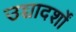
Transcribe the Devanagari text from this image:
उच्चादर्शों